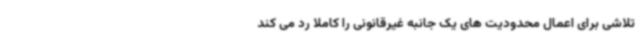
تلاشی برای اعمال محدودیت های یک جانبه غیرقانونی را کاملا رد می کند